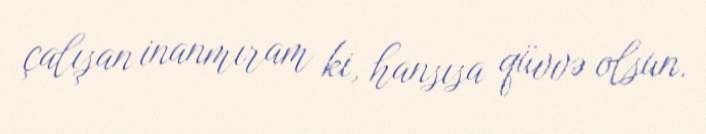
çalışan inanmıram ki, hansısa qüvvə olsun.